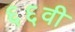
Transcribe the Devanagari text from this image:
६६वी